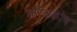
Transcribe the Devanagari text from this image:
चरित्रकोष